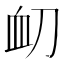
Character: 𮕝